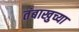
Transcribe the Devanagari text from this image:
तंबाखुच्या